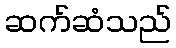
ဆက်ဆံသည်